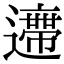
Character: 𨘛